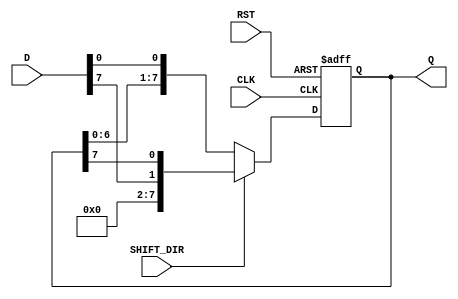
module ShiftRegister #(
    parameter N = 8 // Width of the shift register
)(
    input wire [N-1:0] D,      // Data input
    input wire CLK,             // Clock input
    input wire RST,             // Reset input
    input wire SHIFT_DIR,       // Shift direction: 0 for left, 1 for right
    output reg [N-1:0] Q        // Data output
);

    // Asynchronous reset and shifting behavior
    always @(posedge CLK or posedge RST) begin
        if (RST) begin
            Q <= {N{1'b0}}; // Reset the shift register to 0
        end else begin
            if (SHIFT_DIR) begin
                // Right shift
                Q <= {D[N-1], Q[N-1:N-1]}; // Load D into MSB and shift right
            end else begin
                // Left shift
                Q <= {Q[N-2:0], D[0]}; // Shift left and load D into LSB
            end
        end
    end

endmodule